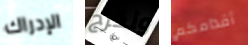
الإدراك ونخرج أقدامكم